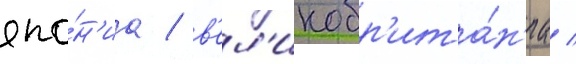
япо́н'иа / в'ел'икобр'ита́н'иа /